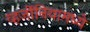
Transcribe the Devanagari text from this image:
व्हर्जीनियामध्ये